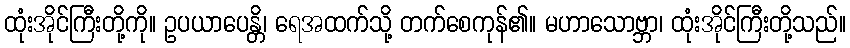
ထုံးအိုင်ကြီးတို့ကို။ ဥပယာပေန္တိ၊ ရေအထက်သို့ တက်စေကုန်၏။ မဟာသောဗ္ဘာ၊ ထုံးအိုင်ကြီးတို့သည်။